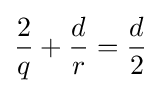
{\frac {2}{q}}+{\frac {d}{r}}={\frac {d}{2}}